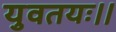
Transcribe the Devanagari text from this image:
युवतयः।।